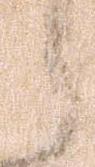
之